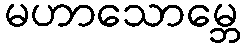
မဟာသောမ္ဘေ